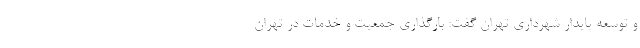
و توسعه پایدار شهرداری تهران گفت: بارگذاری جمعیت و خدمات در تهران